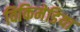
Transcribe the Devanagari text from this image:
विकिमेडिया